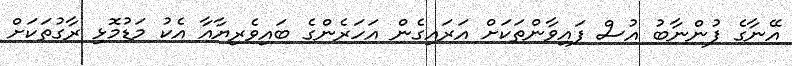
އޭނާގެ ފުންނާބު އުސް ފައިވާންތަކަށް އަރައިގެން އަހަރެންގެ ބައިވެރިޔާއާ އެކު މަޑުމޮޅި ރާގުތަކަށް